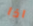
اذا